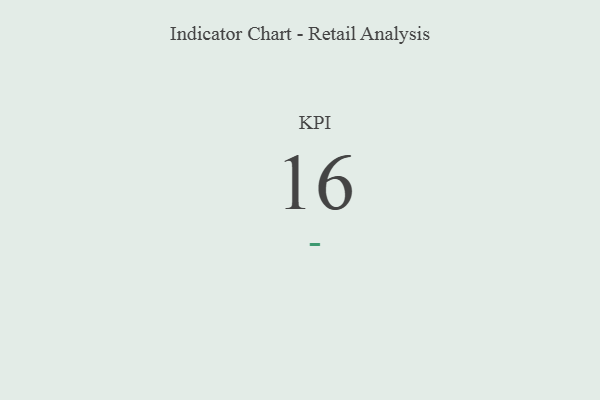
{"axis": {"x": "KPI", "y": "Value"}, "legend": [""], "data": [{"x": "KPI", "y": 16, "type": ""}]}